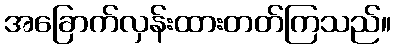
အခြောက်လှန်းထားတတ်ကြသည်။